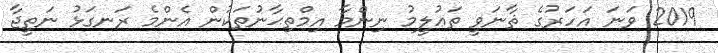
2019 ވަނަ އަހަރުގެ ޘާނަވީ ތަޢުލީމު ނިންމާ އިމްތިޙާނުތަކުން އެންމެ ރަނގަޅު ނަތީޖާ